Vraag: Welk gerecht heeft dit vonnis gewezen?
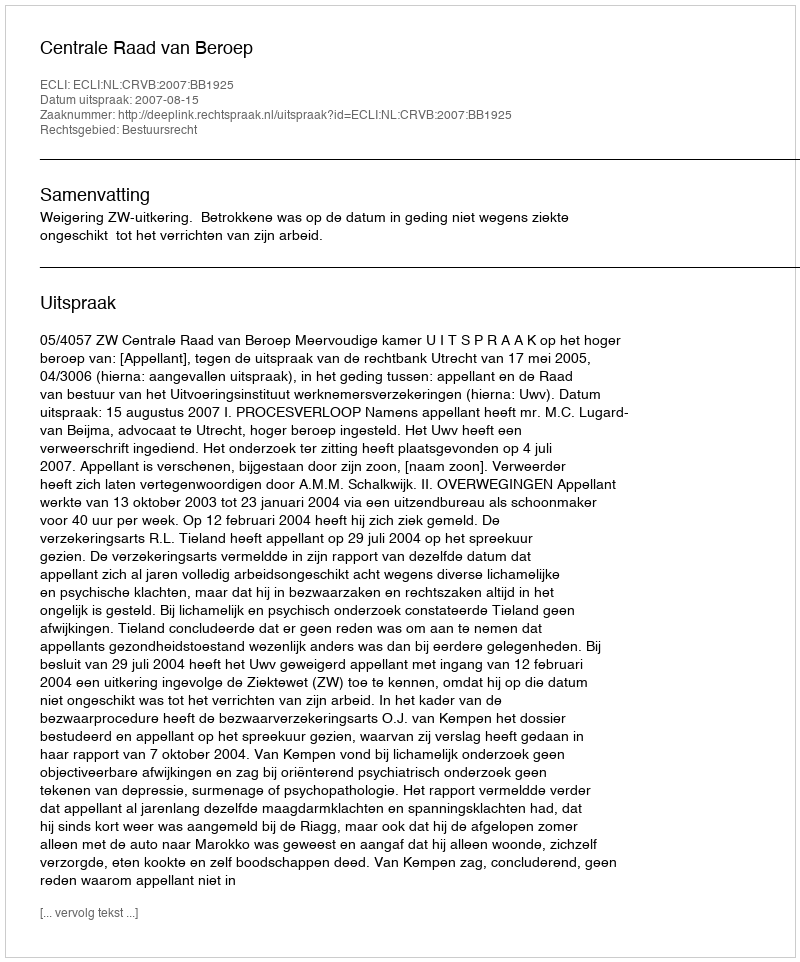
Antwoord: Centrale Raad van Beroep